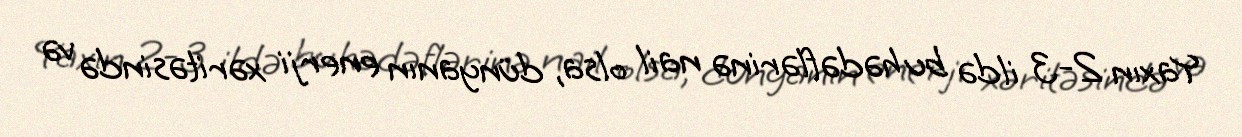
Yaxın 2-3 ildə bu hədəflərinə nail olsa, dünyanın enerji xəritəsində və